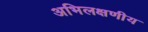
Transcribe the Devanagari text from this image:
अभिलक्षणीय